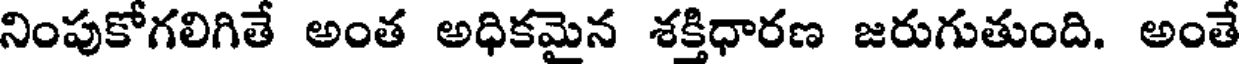
నింపుకోగలిగితే అంత అధికమైన శక్తిధారణ జరుగుతుంది. అంతే